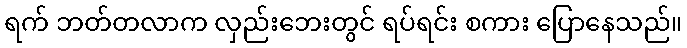
ရက် ဘတ်တလာက လှည်းဘေးတွင် ရပ်ရင်း စကား ပြောနေသည်။